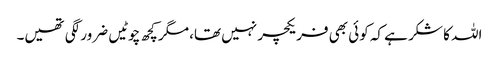
اللہ کا شکر ہے کہ کوئی بھی فریکچر نہیں تھا، مگر کچھ چوٹیں ضرور لگی تھیں۔